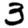
Digit: 3